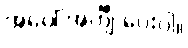
အပေါ် အင်္ကျီ ပေးပါ။